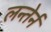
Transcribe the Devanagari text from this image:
लन्तेर्न